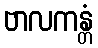
ဗာလကန္တံ